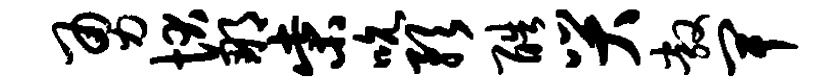
勇状那柴吮预酷哭敞卑